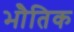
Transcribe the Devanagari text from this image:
भोैतिक